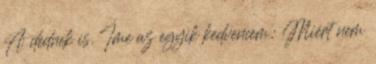
A dednek is. Íme az egyik kedvencem: Miért nem